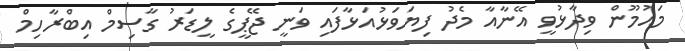
މައުމޫން ވިދާޅުވީ އޭނާއާ މެދު ފިޔަވަޅުއަޅާފައި ވަނީ ޖޭޕީގެ ލީޑަރު ގާސިމް އިބްރާހިމް